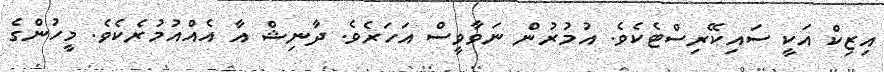
އިޒިކް އަކީ ސައިކޭރިސްޓެކެވެ. އުމުރުން ނަވާވީސް އަހަރެވެ. ދާނިޝް އާ އެއްއުމުރެކެވެ. މީހުންގެ